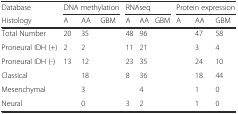
<table><thead><tr><td><b>Database</b></td><td colspan="3"><b>DNA methylation</b></td><td colspan="3"><b>RNAseq</b></td><td colspan="3"><b>Protein expression</b></td></tr><tr><td><b>Histology</b></td><td><b>A</b></td><td><b>AA</b></td><td><b>GBM</b></td><td><b>A</b></td><td><b>AA</b></td><td><b>GBM</b></td><td><b>A</b></td><td><b>AA</b></td><td><b>GBM</b></td></tr></thead><tbody><tr><td>Total Number</td><td>20</td><td>35</td><td>[EMPTY_CELL]</td><td>48</td><td>96</td><td>[EMPTY_CELL]</td><td>[EMPTY_CELL]</td><td>47</td><td>58</td></tr><tr><td>Proneural IDH (+)</td><td>2</td><td>2</td><td>[EMPTY_CELL]</td><td>11</td><td>21</td><td>[EMPTY_CELL]</td><td>[EMPTY_CELL]</td><td>3</td><td>4</td></tr><tr><td>Proneural IDH (-)</td><td>13</td><td>12</td><td>[EMPTY_CELL]</td><td>23</td><td>35</td><td>[EMPTY_CELL]</td><td>[EMPTY_CELL]</td><td>24</td><td>10</td></tr><tr><td>Classical</td><td>[EMPTY_CELL]</td><td>18</td><td>[EMPTY_CELL]</td><td>8</td><td>36</td><td>[EMPTY_CELL]</td><td>[EMPTY_CELL]</td><td>18</td><td>44</td></tr><tr><td>Mesenchymal</td><td>[EMPTY_CELL]</td><td>3</td><td>[EMPTY_CELL]</td><td>[EMPTY_CELL]</td><td>4</td><td>[EMPTY_CELL]</td><td>[EMPTY_CELL]</td><td>1</td><td>0</td></tr><tr><td>Neural</td><td>[EMPTY_CELL]</td><td>0</td><td>[EMPTY_CELL]</td><td>3</td><td>2</td><td>[EMPTY_CELL]</td><td>[EMPTY_CELL]</td><td>1</td><td>0</td></tr></tbody></table>